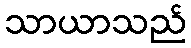
သာယာသည်